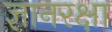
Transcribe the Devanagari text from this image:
ज्ञानरक्षा